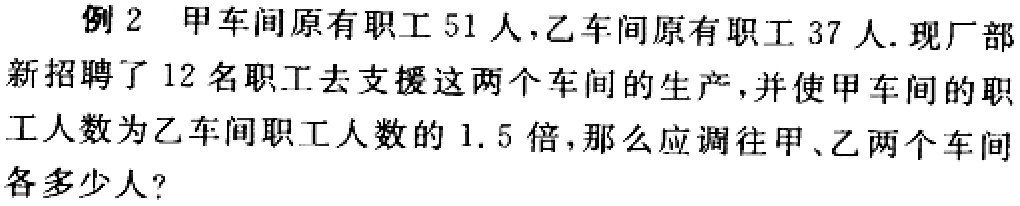
例 2 甲车间原有职工 51 人，乙车间原有职工 37 人. 现厂部新招聘了 12 名职工去支援这两个车间的生产，并使甲车间的职工人数为乙车间职工人数的 1.5 倍，那么应调往甲、乙两个车间各多少人？